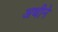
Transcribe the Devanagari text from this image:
अथीने